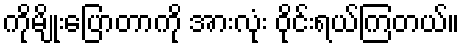
ကိုမျိုးပြောတာကို အားလုံး ဝိုင်းရယ်ကြတယ်။